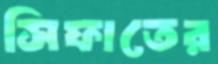
সিফাতের